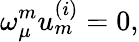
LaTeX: \omega_{\mu}^{{m}}u_{{m}}^{{(i)}}=0,